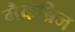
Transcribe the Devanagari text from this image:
मैकब्रिज